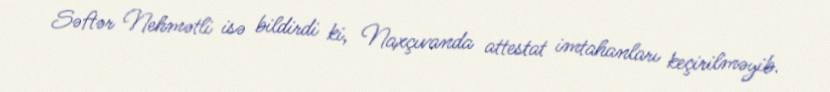
Səftər Nehmətli isə bildirdi ki, Naxçıvanda attestat imtahanları keçirilməyib.